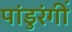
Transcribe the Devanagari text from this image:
पांडुरंगीं